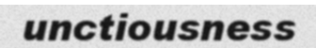
unctiousness